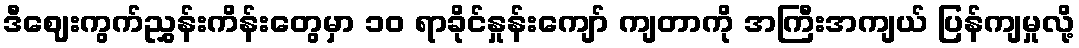
ဒီဈေးကွက်ညွှန်းကိန်းတွေမှာ ၁၀ ရာခိုင်နှုန်းကျော် ကျတာကို အကြီးအကျယ် ပြန်ကျမှုလို့